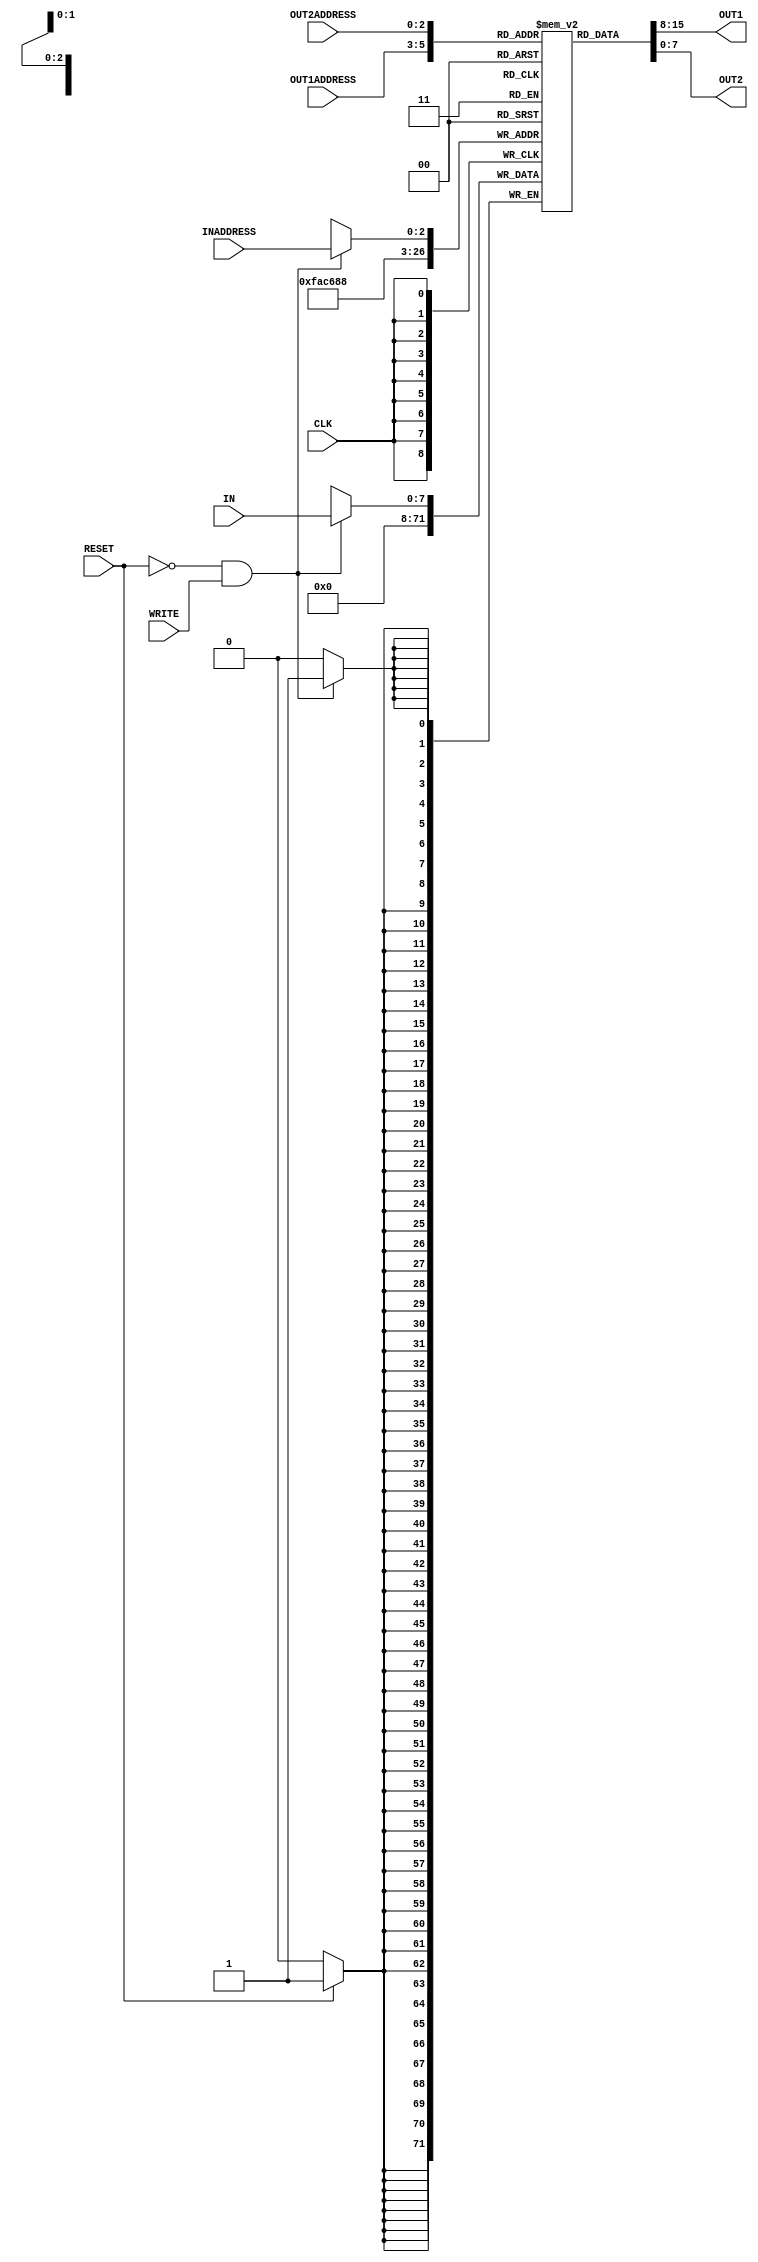
/*
 *
 *	Part 2 - Register File
 *	Group 2
 *	E/18/402   E/18/397
 *
 *
 */

module reg_file(IN, OUT1, OUT2, INADDRESS, OUT1ADDRESS, OUT2ADDRESS, WRITE, CLK, RESET);

	input WRITE, CLK, RESET;				// 1-bit inputs
	input [2:0] INADDRESS, OUT1ADDRESS, OUT2ADDRESS;	// 3-bits inputs
	input [7:0] IN;						// 8-bits input

	output [7:0] OUT1, OUT2;				// 8-bits outputs


	reg [7:0] registers[7:0];		// this represents the 8-bits(1 byte)  8 registers ( 8x8 register file)


	integer regNum,i;			// represet the register number for the RESET task

	// assign given addresses values to OUT1 and OUT2 respectively. this is asynchronous with delay 2 units
	assign #2 OUT1 = registers[OUT1ADDRESS];	
	assign #2 OUT2 = registers[OUT2ADDRESS];


	// write to given address register at positive edge of the clock
	always @(posedge CLK) 
	begin 
		

		// writting happens when WRITE is high.
                // if statement includes only one row so don't use begin end keywords
                if (  RESET == 'b0 && WRITE == 'b1  )

                        // this is synchronous delay 1 unit.
                        // write in to given register
                        #1 registers[INADDRESS] = IN ;
						
				
		// reset all the registers synchronously at the positive edge of the clock
		// reset all the registers when RESET is high with delay 1 units
		if ( RESET ) #1
		begin
			
			for(regNum = 0; regNum < 8 ; regNum = regNum + 1)begin
			
				registers[regNum] = 'b00000000;

			end
			
		end
				
				
	
	end

	initial
	begin
    $dumpfile("cpu_wavedata.vcd");
    for(i=0;i<8;i++)
        $dumpvars(1,registers[i]);
end

endmodule